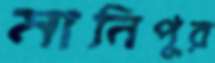
মানিপুর